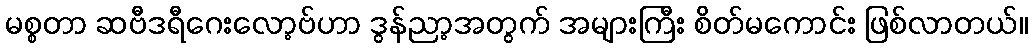
မစ္စတာ ဆဗီဒရီဂေးလော့ဗ်ဟာ ဒွန်ညာ့အတွက် အများကြီး စိတ်မကောင်း ဖြစ်လာတယ်။